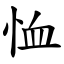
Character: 恤